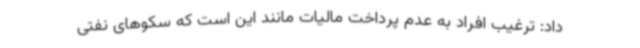
داد: ترغیب افراد به عدم پرداخت مالیات مانند این است که سکوهای نفتی